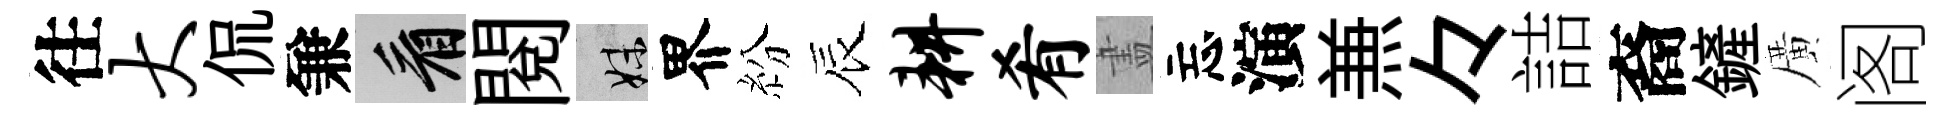
往大侃兼看閱妹界紛辰耕肴𥁞忘演𠔥々詰裔鏟廣阁